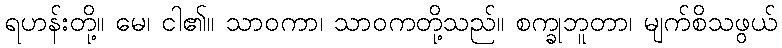
ရဟန်းတို့။ မေ၊ ငါ၏။ သာဝကာ၊ သာဝကတို့သည်။ စက္ခုဘူတာ၊ မျက်စိသဖွယ်